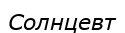
Солнцевт